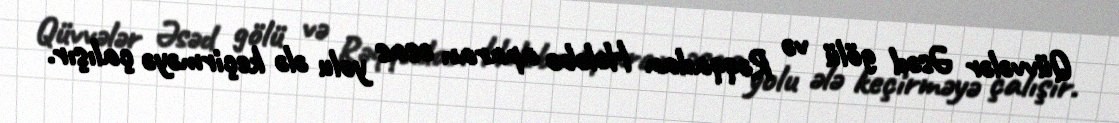
Qüvvələr Əsəd gölü və Rəqqadan Hələbə aparan əsas yolu ələ keçirməyə çalışır.